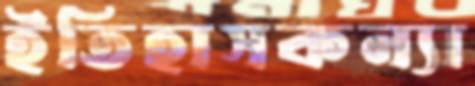
ইতিহাসকন্যা